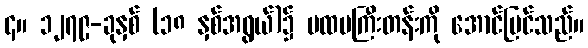
၄။ ၁၂၇၉-ခုနှစ် (၁၈ နှစ်အရွယ်)၌ ပထမကြီးတန်းကို အောင်မြင်သည်။